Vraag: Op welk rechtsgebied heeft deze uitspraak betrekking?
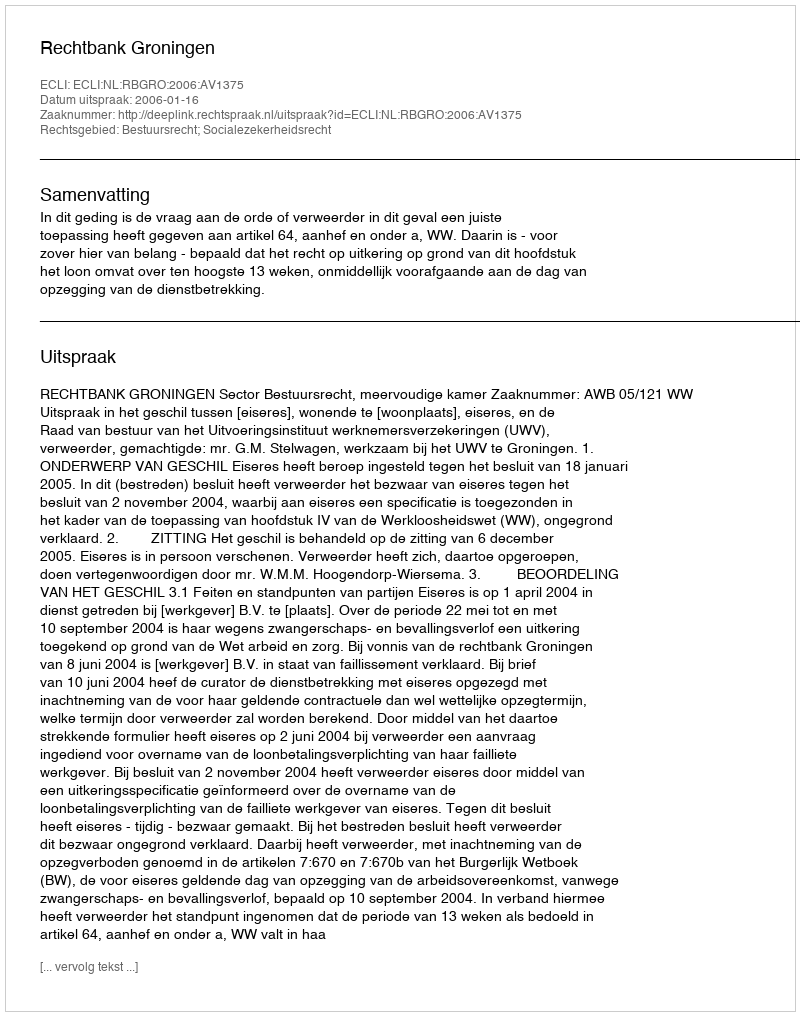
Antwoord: Bestuursrecht; Socialezekerheidsrecht